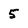
Character: 5